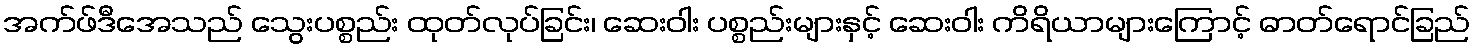
အက်ဖ်ဒီအေသည် သွေးပစ္စည်း ထုတ်လုပ်ခြင်း၊ ဆေးဝါး ပစ္စည်းများနှင့် ဆေးဝါး ကိရိယာများကြောင့် ဓာတ်ရောင်ခြည်